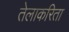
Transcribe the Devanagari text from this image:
तेलाकरिता